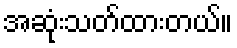
အဆုံးသတ်ထားတယ်။